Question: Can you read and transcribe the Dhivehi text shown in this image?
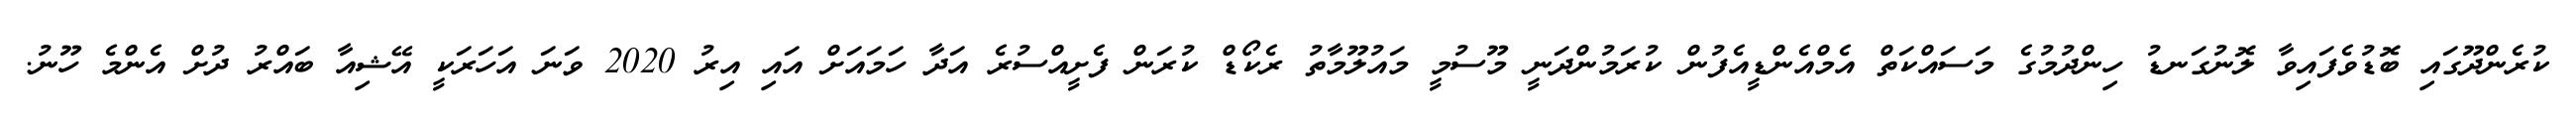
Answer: ކުރެންދޫގައި ބޮޑުވެފައިވާ ލޮނުގަނޑު ހިންދުމުގެ މަސައްކަތް އެމްއެންޑީއެފުން ކުރަމުންދަނީ މޫސުމީ މައުލޫމާތު ރެކޯޑް ކުރަން ފެށީއްސުރެ އަދާ ހަމައަށް އައި އިރު 2020 ވަނަ އަހަރަކީ އޭޝިއާ ބައްރު ދުށް އެންމެ ހޫނު.